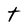
Character: t